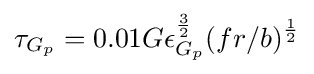
\tau _{G_{p}}=0.01G\epsilon _{G_{p}}^{\frac {3}{2}}(fr/b)^{\frac {1}{2}}